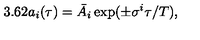
3 . 6 2 { a _ { i } } ( \tau ) = \bar { A } _ { i } \exp ( \pm \sigma ^ { i } \tau / T ) ,